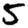
Digit: 5